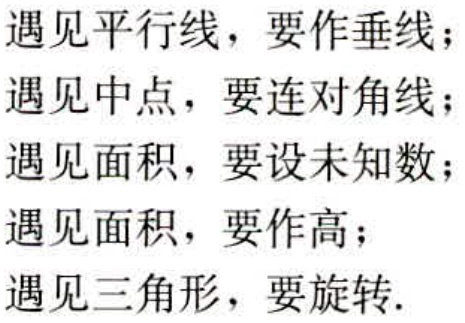
遇见平行线，要作垂线；
遇见中点，要连对角线；
遇见面积，要设未知数；
遇见面积，要作高；
遇见三角形，要旋转.